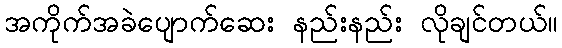
အကိုက်အခဲပျောက်ဆေး နည်းနည်း လိုချင်တယ်။